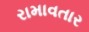
રામાવતાર